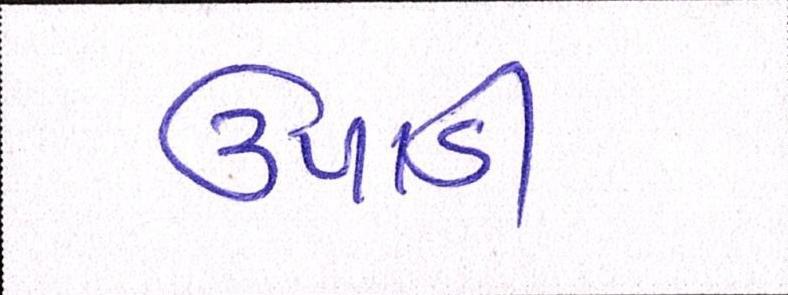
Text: ઉપાડી